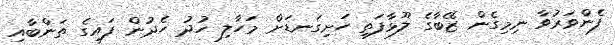
ފެންވަރުވާ ނިމިގެން ޒޭބާގެ ލޫޅާފަތި ހަށިގަނޑަށް މަހާލި ހުދު ހެދުން ފައިގެ ތަންބާއި